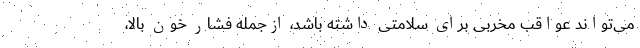
می‌تواند عواقب مخربی برای سلامتی داشته باشد، ازجمله فشار خون بالا،